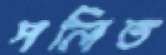
পলিত